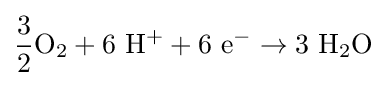
\mathrm {{\frac {3}{2}}O_{2}+6\ H^{+}+6\ e^{-}\to 3\ H_{2}O}